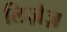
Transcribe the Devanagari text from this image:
लिज़ेज़